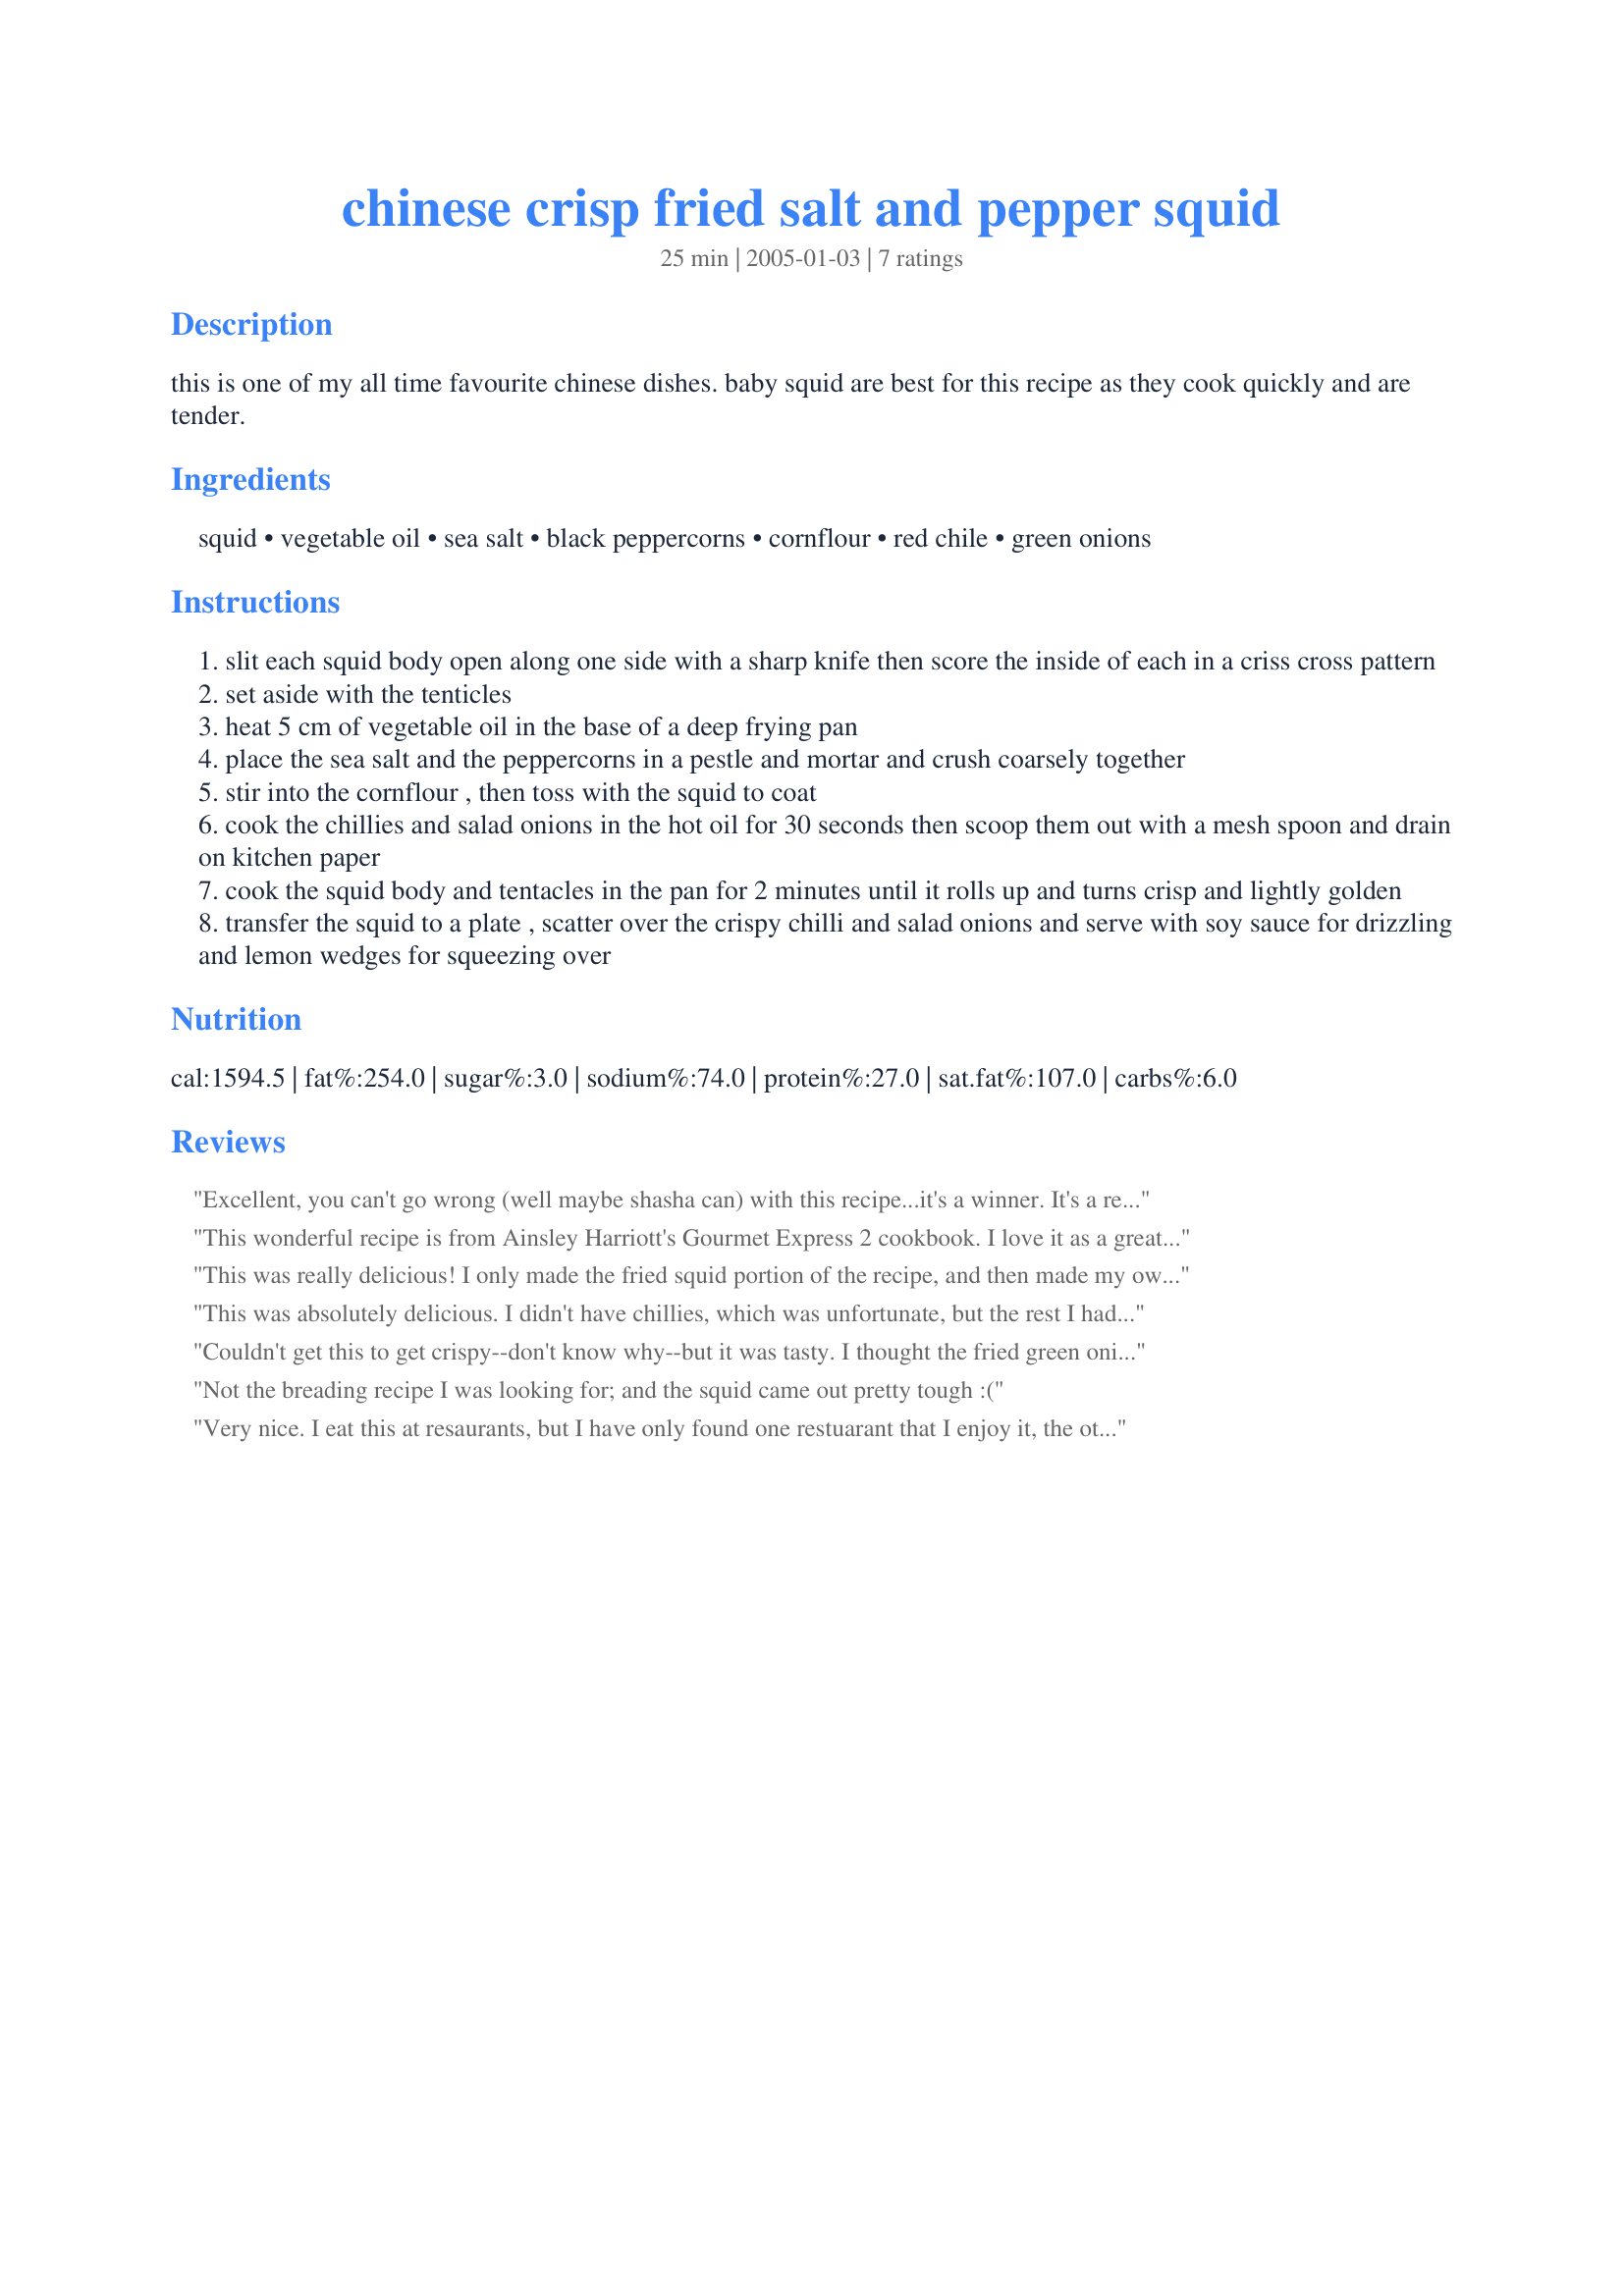
chinese crisp fried salt and pepper squid
Preparation time: 25 minutes

this is one of my all time favourite chinese dishes. baby squid are best for this recipe as they cook quickly and are tender.

Ingredients:
squid, vegetable oil, sea salt, black peppercorns, cornflour, red chile, green onions

Steps:
slit each squid body open along one side with a sharp knife then score the inside of each in a criss cross pattern
set aside with the tenticles
heat 5 cm of vegetable oil in the base of a deep frying pan
place the sea salt and the peppercorns in a pestle and mortar and crush coarsely together
stir into the cornflour , then toss with the squid to coat
cook the chillies and salad onions in the hot oil for 30 seconds then scoop them out with a mesh spoon and drain on kitchen paper
cook the squid body and tentacles in the pan for 2 minutes until it rolls up and turns crisp and lightly golden
transfer the squid to a plate , scatter over the crispy chilli and salad onions and serve with soy sauce for drizzling and lemon wedges for squeezing over

Reviews:
Excellent, you can't go wrong (well maybe shasha can) with this recipe...it's a winner. It's a regular for us and always tender..cheers and thanks
This wonderful recipe is from Ainsley Harriott's Gourmet Express 2 cookbook. I love it as a great way to have this dish at home (instead of only at a restaurant). Because I usually feed a crowd, I often double or treble this recipe. If you need to do the same, you can usually get by with less than the full amount of cornflour. But don't cut back on the salt or pepper. I did the first time I 'upped' the recipe, and I was sorry. Also, you don't have to use young squid to have a tender meal. The already-cleaned squid I can buy usually has five 'hoods' to a kilo, or about 200 grams (or 6-7 ounces) each. They cook just fine. I do find, though, that it takes about three minutes cooking to achieve the right crispness. And a quick comment about defrosting squid hoods -- you have to let them defrost in their own time (any encouragement such as the microwave or boiling water will just spoil them and make the end result tough). I learned the hard way that it takes more than eight hours to defrost one kilo (2.2 pounds) of whole squid hoods. So it's probably worth cutting and scoring unfrozen squid hoods before freezing them, so you can reduce the defrost time. If not -- defrost them overnight.
This was really delicious! I only made the fried squid portion of the recipe, and then made my own dipping sauce. The squid came out light,crispy, and flavorful; absolutly perfect! I will be using this recipe often to satisfy my fried calamari craving, and now I don't have to go to a restaurant for it anymore! Thanks!!
This was absolutely delicious. I didn't have chillies, which was unfortunate, but the rest I had and it swas simply stunning. The only difference was that I'd never fry the squid for two minutes. I think it would become quite tough. I fried it for closer to 30 or 40 seconds, and it was melt in the mouth soft. Delicious! Thanks for sharing!
Couldn't get this to get crispy--don't know why--but it was tasty. I thought the fried green onions were a nice touch. DH commented he preferred it with lemon more than with soy sauce.
Not the breading recipe I was looking for; and the squid came out pretty tough :(
Very nice. I eat this at resaurants, but I have only found one restuarant that I enjoy it, the other ar too salty, but this recipe isn't, it was really nice not as nice as the rewtaurant, but I will make this again!
